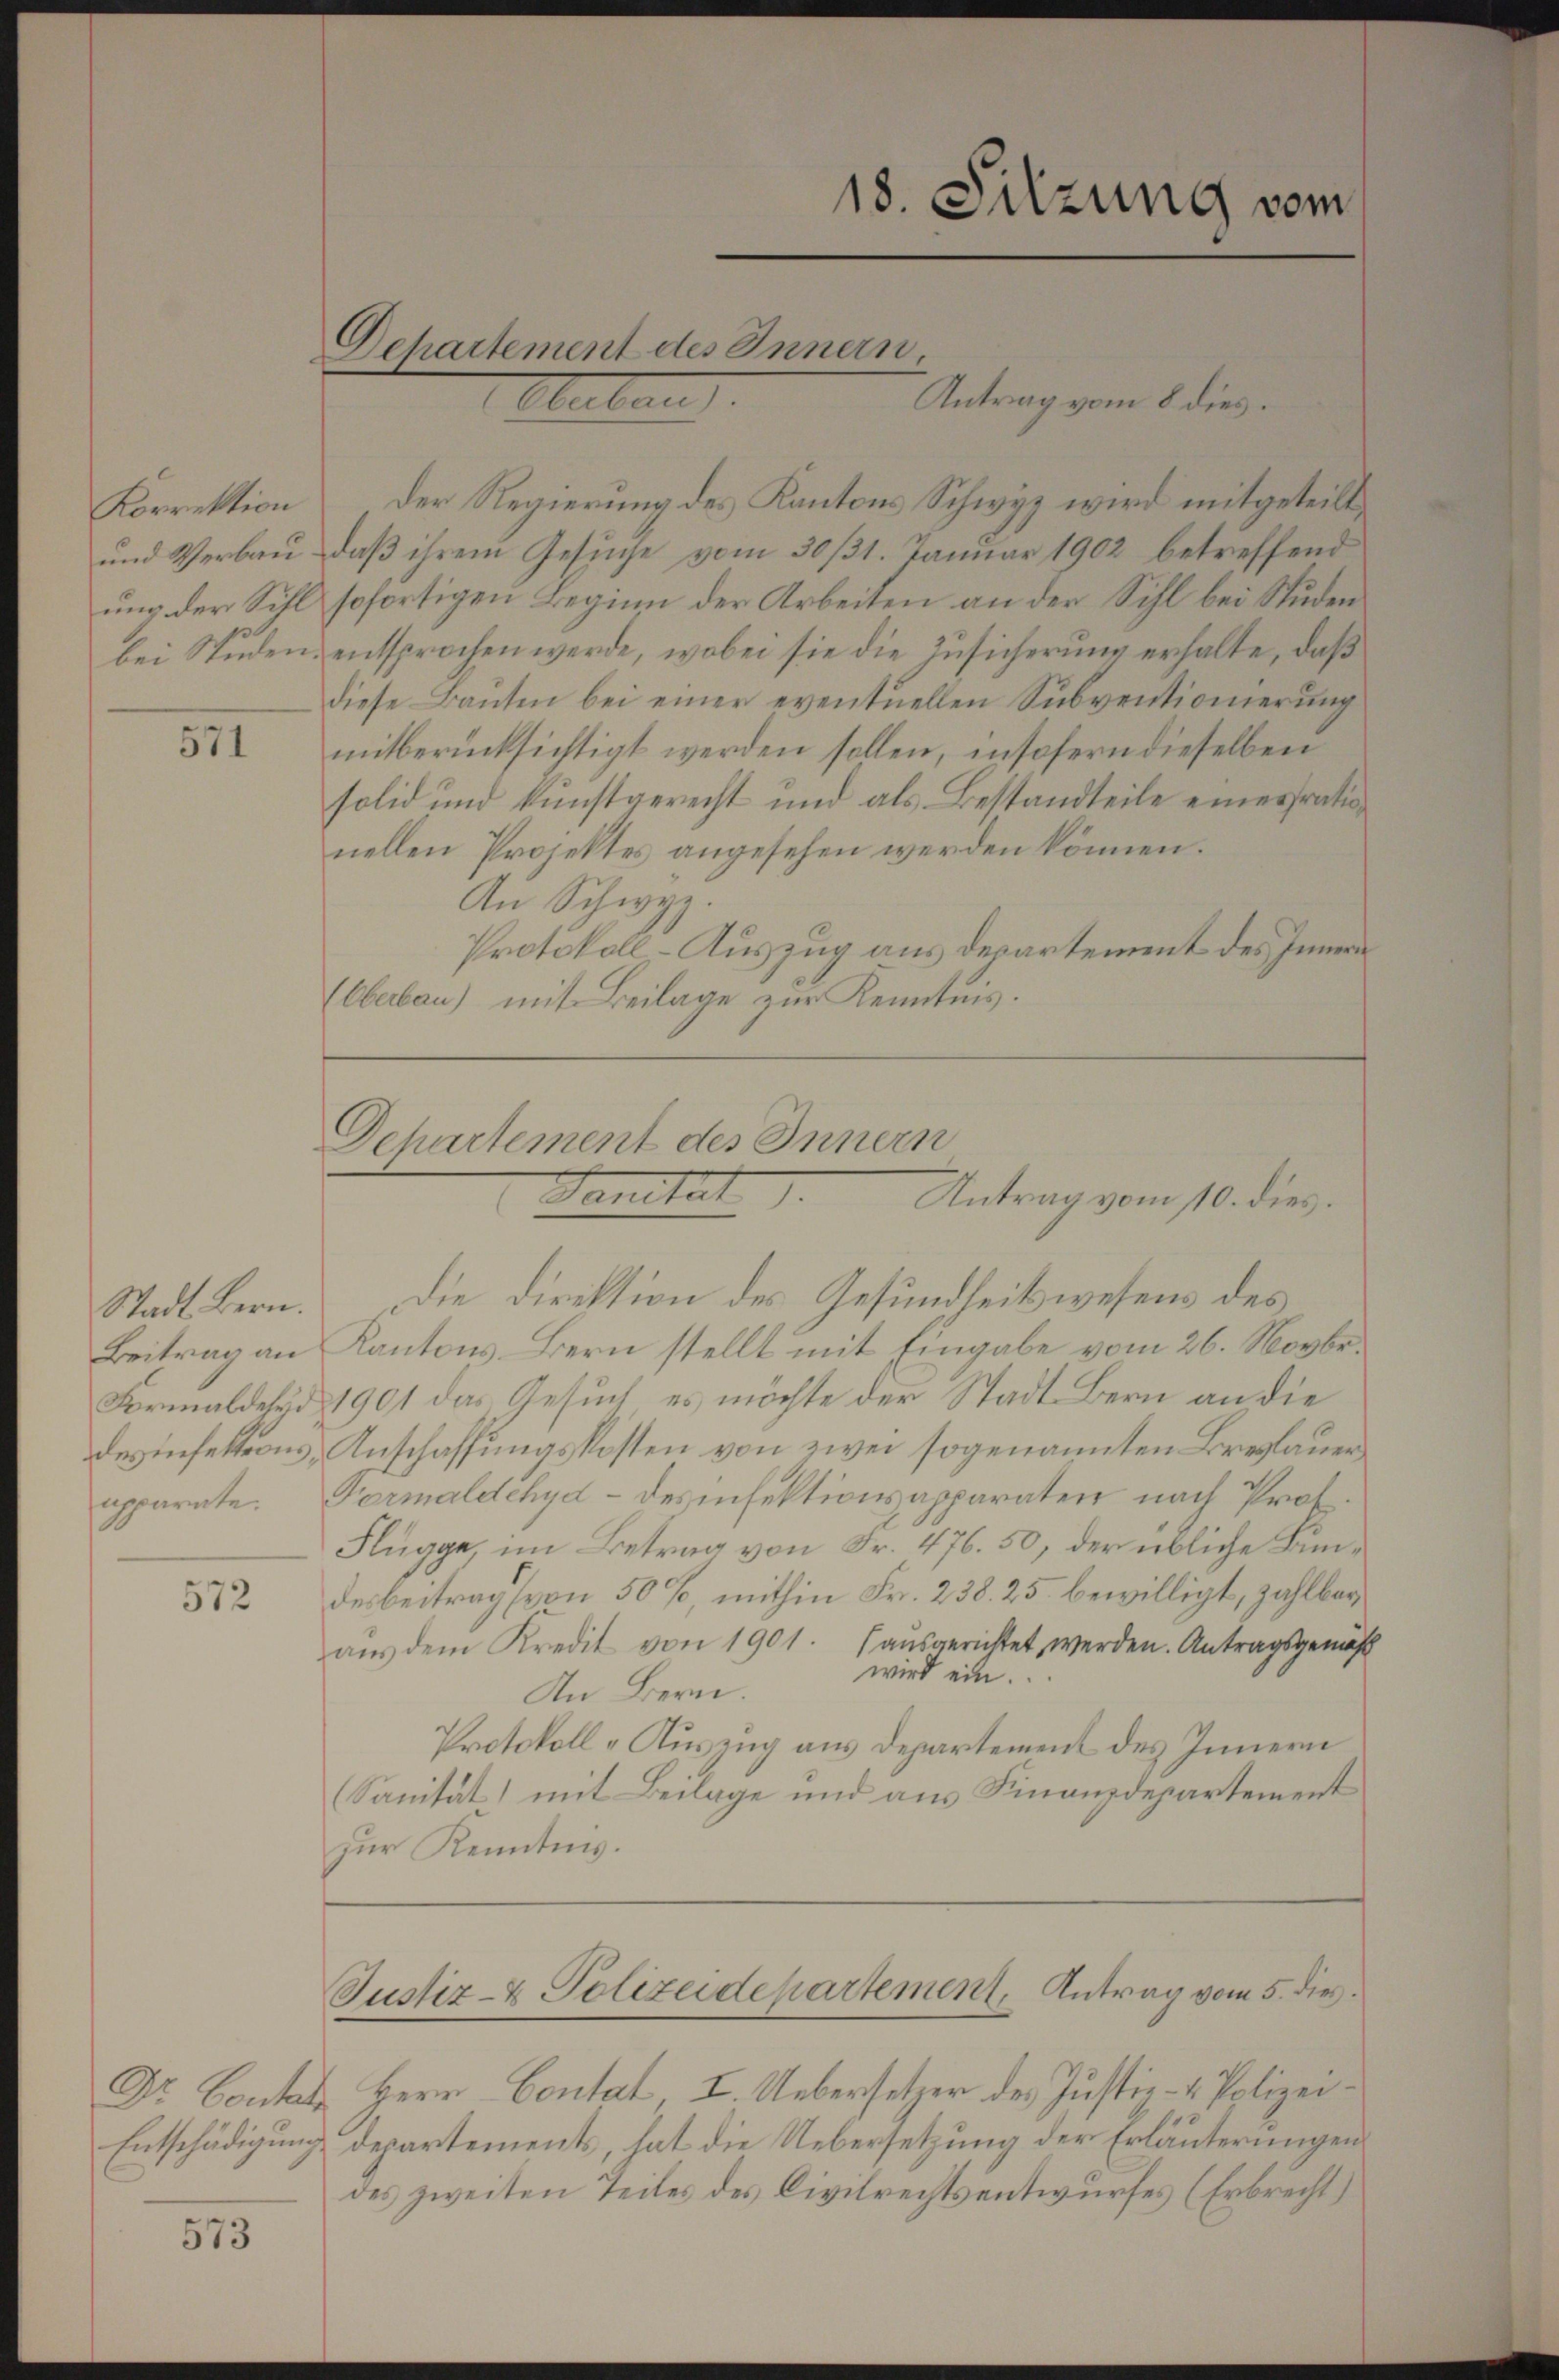
Korrektion
ung der Sihl

571

572

Entschädigung.

573

Departement des Innern.
Klaben.

Antrag vom 8 dies
Der Regierung des Kantons Schwyz wird mitgeteilt,
und Verbau, daß ihrem Gesuche vom 30/31. Januar 1902 betreffend
sofortigen Beginn der Arbeiten an der Sihl bei Studen
bei Studen entsprochen werde, wobei sie die Zusicherung erhalte, daß
diese Bauten bei einer eventuellen Subventionierung
mitberücksichtigt werden sollen, insofern dieselben
solid und kunstgerecht und als Bestandteile eines rationellen Projektes angesehen werden können.
An Schwyz.
Protokoll - Auszug aus Departement des Innern
Oberbau) mit Beilage zur Kenntnis.

18. Sitzung vom

Departement des Innern
Sanitat
Antrag vom 10. dies.

Stadt Bern. Die Direktion des Gesundheitswesens des
Beitrag an Kantons Bern stellt mit Eingabe vom 26. Novbr.
Formalder 1901 das Gesuch, es möchte der Stadt Bern an die
desinfektions, Anschaffungskosten von zwei sogenannten Breslauer
apparate. Formaldchyd - des insektionsapparaten nach Prof.
Flügge, im Betrag von Fr. 476. 50, der übliche Bundesbeitrag (von 50%, mithin Fr. 238. 25 bewilligt, zahlbar
aŭs dem Kredit von 1901. (ausgerichtet werden. Antragsgemäß
wird ein.
An Bern.
Protokoll-Auszug aus Departement des Innern
Sanität) mit Beilage und aus Finanzdepartement
zur Kenntnis.

Justiz- & Polizeidepartement, Antrag vom 5. dies

Dr. Contat Herr Contat, I. Uebersetzer des Justiz- & Polizeidepartements, hat die Uebersetzung der Erläuterungen
des zweiten Teiles des Civilrechtsentwurfes (Erbrecht)